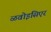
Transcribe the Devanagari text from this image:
ळवोइसिएर